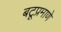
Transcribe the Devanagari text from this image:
बटूप्रमाणे